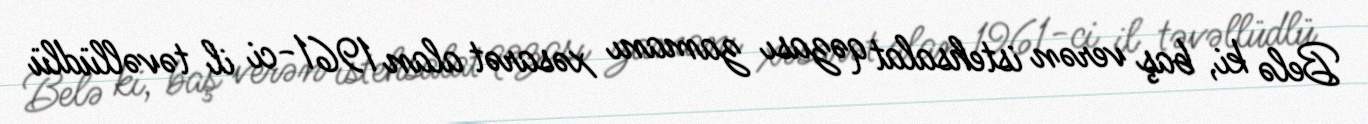
Belə ki, baş verən istehsalat qəzası zamanı xəsarət alan 1961-ci il təvəllüdlü